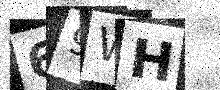
Text: 69WH